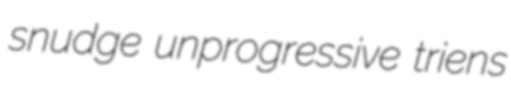
snudge unprogressive triens